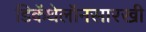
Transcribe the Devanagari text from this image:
डिकॅथेलॉनसारखी